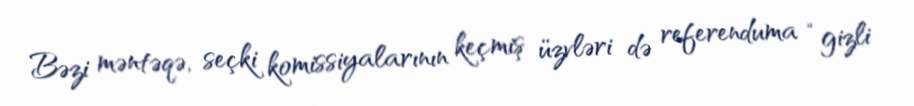
Bəzi məntəqə, seçki komissiyalarının keçmiş üzvləri də referenduma “gizli